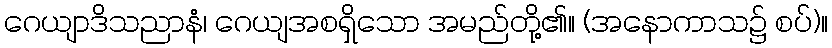
ဂေယျာဒိသညာနံ၊ ဂေယျအစရှိသော အမည်တို့၏။ (အနောကာသ၌ စပ်)။